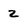
Character: 2